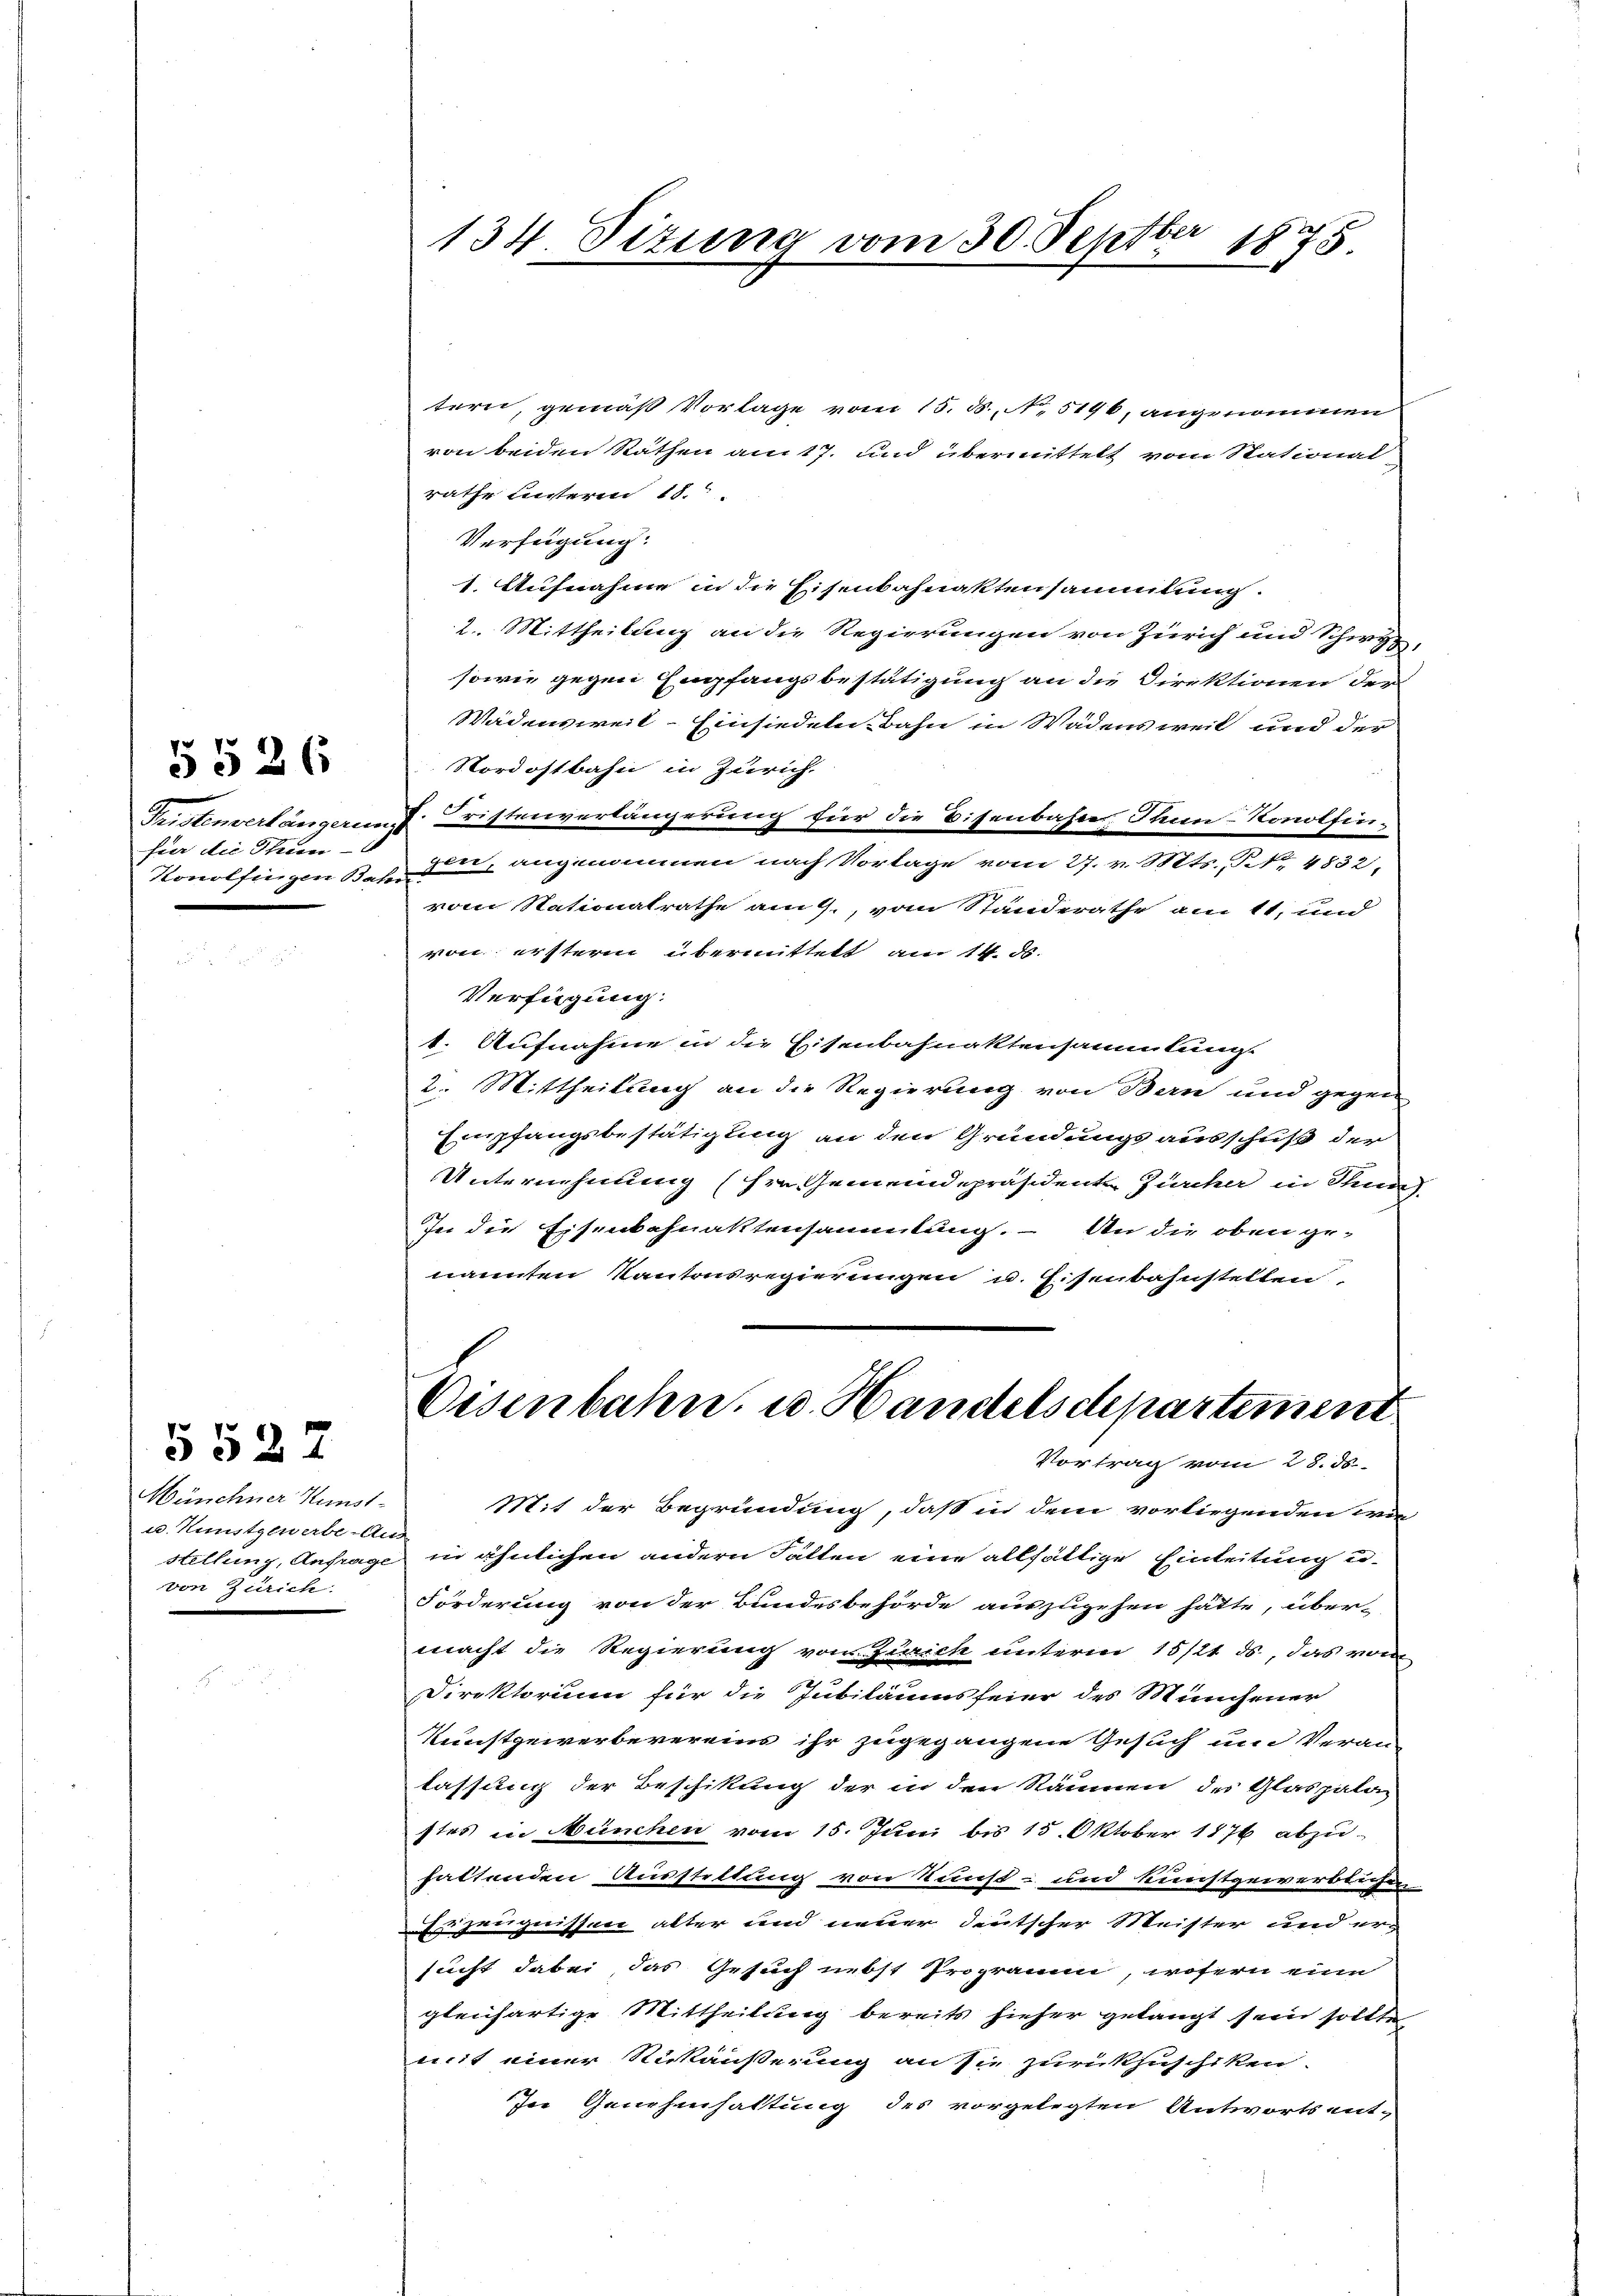
Tristenverlängerin
für die Thun
Konolfingen Bar

5526

Wünchner Kunst-
u. Kunstgewerbe - An
Stellung, Anfrage
von Zürich.

5522

14
134 Titung vom 30. Sept.
1875.

tern, gemäß Vorlage vom 15. d. No. 519, angenommen
von beiden Räthen am 17. und übermittelt vom Stational
rathe unteren 18.
Verfügung:
1. Aufnahme in die Eisenbahnaktensammlung.
2. Mittheilung an die Regierungen von Zürich und Schwyz,
sowie gegen Empfangsbestätigung an die Direktionen der
Wädensweil–Einsiedeln Bahn in Wädensweil und der
Nordostbahn in Zürich
J. Fristenverlängerung für die Eisenbahn. Tann-Konolfinden, angenommen nach Vorlage vom 27. v. Mts. No. 4832.
vom Nationalrathe am 9., vom Ständerathe am 11. und
von erstern übermittelt am 14. ds.
Verfügung:
1. Aufnahme in die Eisenbahnaktensammlung
2. Mittheilung an die Regierung von Bern und gegen
Enpfangsbestätigung an den Gründungsausschuß der
Unternehmung (hrn Gemeindepräsidenten Zürcher in Stun
In die Eisenbahnaktensammlung. – An die oben ge-
nannten Kantonsregierungen u. Eisenbahnstellen,
Oesenbahn, u. Handelsdepartement
Vortrag vom 28. ds.
Mit der Begründung, daß in dem vorliegenden wie
¬
in ähnlichen andern Falten eine allfältige Einleitung u
Forderung von der Bundesbehörde auszugehen hätte, über-
macht die Regierung vom Zürich unterm 15/21. ds., das von
Direktorium für die Jubiläumsfeier des Münchener
Kunstgewerbevereins ihr zugegangene Gesuch und Veran-
lassung der Beschikung der in den Räumen des Glaspala
stes in München vom 15. Juni bis 15. Oktober 1876 abzu-
haltenden Ausstellung von Kunst- und kunstgewerblichen
zeugnissen alter und neuer deutscher Meister und er-
sucht dabei, das Gesuch nebst Programm, wofern eine
gleichartige Mittheilung bereits hieher gelangt sein sollte
mit einer Rückäußerung an sie zurückzuschiken.
In Genehmhaltung des vorgelegten Antwortsent-